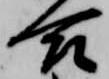
合